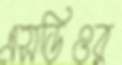
এসডিওর